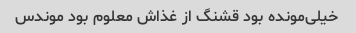
خیلی‌مونده بود قشنگ از غذاش معلوم بود موندس